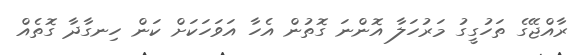
ރާއްޖޭގެ ތަހުގީގު މަރުހަލާ އޮންނަ ގޮތުން އެހާ އަވަހަކަށް ކަން ހިނގާދާ ގޮތެއް